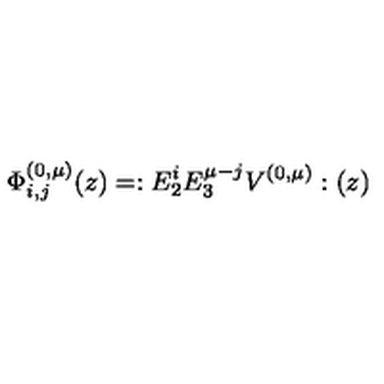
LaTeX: \Phi _ { i , j } ^ { ( 0 , \mu ) } ( z ) = : E _ { 2 } ^ { i } E _ { 3 } ^ { \mu - j } V ^ { ( 0 , \mu ) } : ( z )